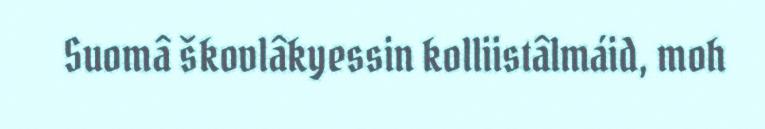
Suomâ škovlâkyessin kolliistâlmáid, moh